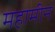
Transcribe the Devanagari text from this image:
महामीन